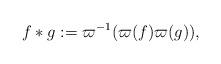
LaTeX: \begin{align*}f*g:=\varpi^{-1}(\varpi(f)\varpi(g)),\end{align*}